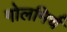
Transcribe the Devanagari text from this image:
गोलमिर्च